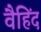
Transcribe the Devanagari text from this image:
वैहिंद